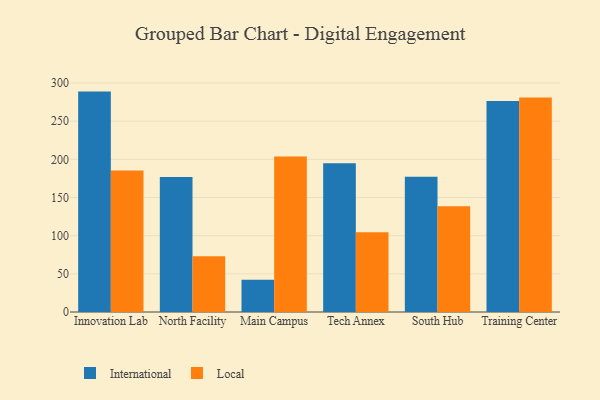
{"axis": {"x": "Campus", "y": "Active Users"}, "legend": ["International", "Local"], "data": [{"x": "Innovation Lab", "y": 288.7, "type": "International"}, {"x": "Innovation Lab", "y": 185.3, "type": "Local"}, {"x": "North Facility", "y": 176.9, "type": "International"}, {"x": "North Facility", "y": 72.9, "type": "Local"}, {"x": "Main Campus", "y": 42.1, "type": "International"}, {"x": "Main Campus", "y": 203.6, "type": "Local"}, {"x": "Tech Annex", "y": 194.9, "type": "International"}, {"x": "Tech Annex", "y": 104.6, "type": "Local"}, {"x": "South Hub", "y": 177.2, "type": "International"}, {"x": "South Hub", "y": 138.4, "type": "Local"}, {"x": "Training Center", "y": 276.5, "type": "International"}, {"x": "Training Center", "y": 281.1, "type": "Local"}]}